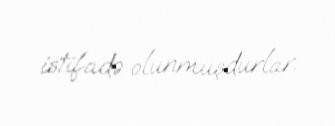
istifadə olunmuşdurlar.